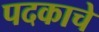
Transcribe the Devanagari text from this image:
पदकाचे